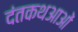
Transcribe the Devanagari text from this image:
दंतकथआओं